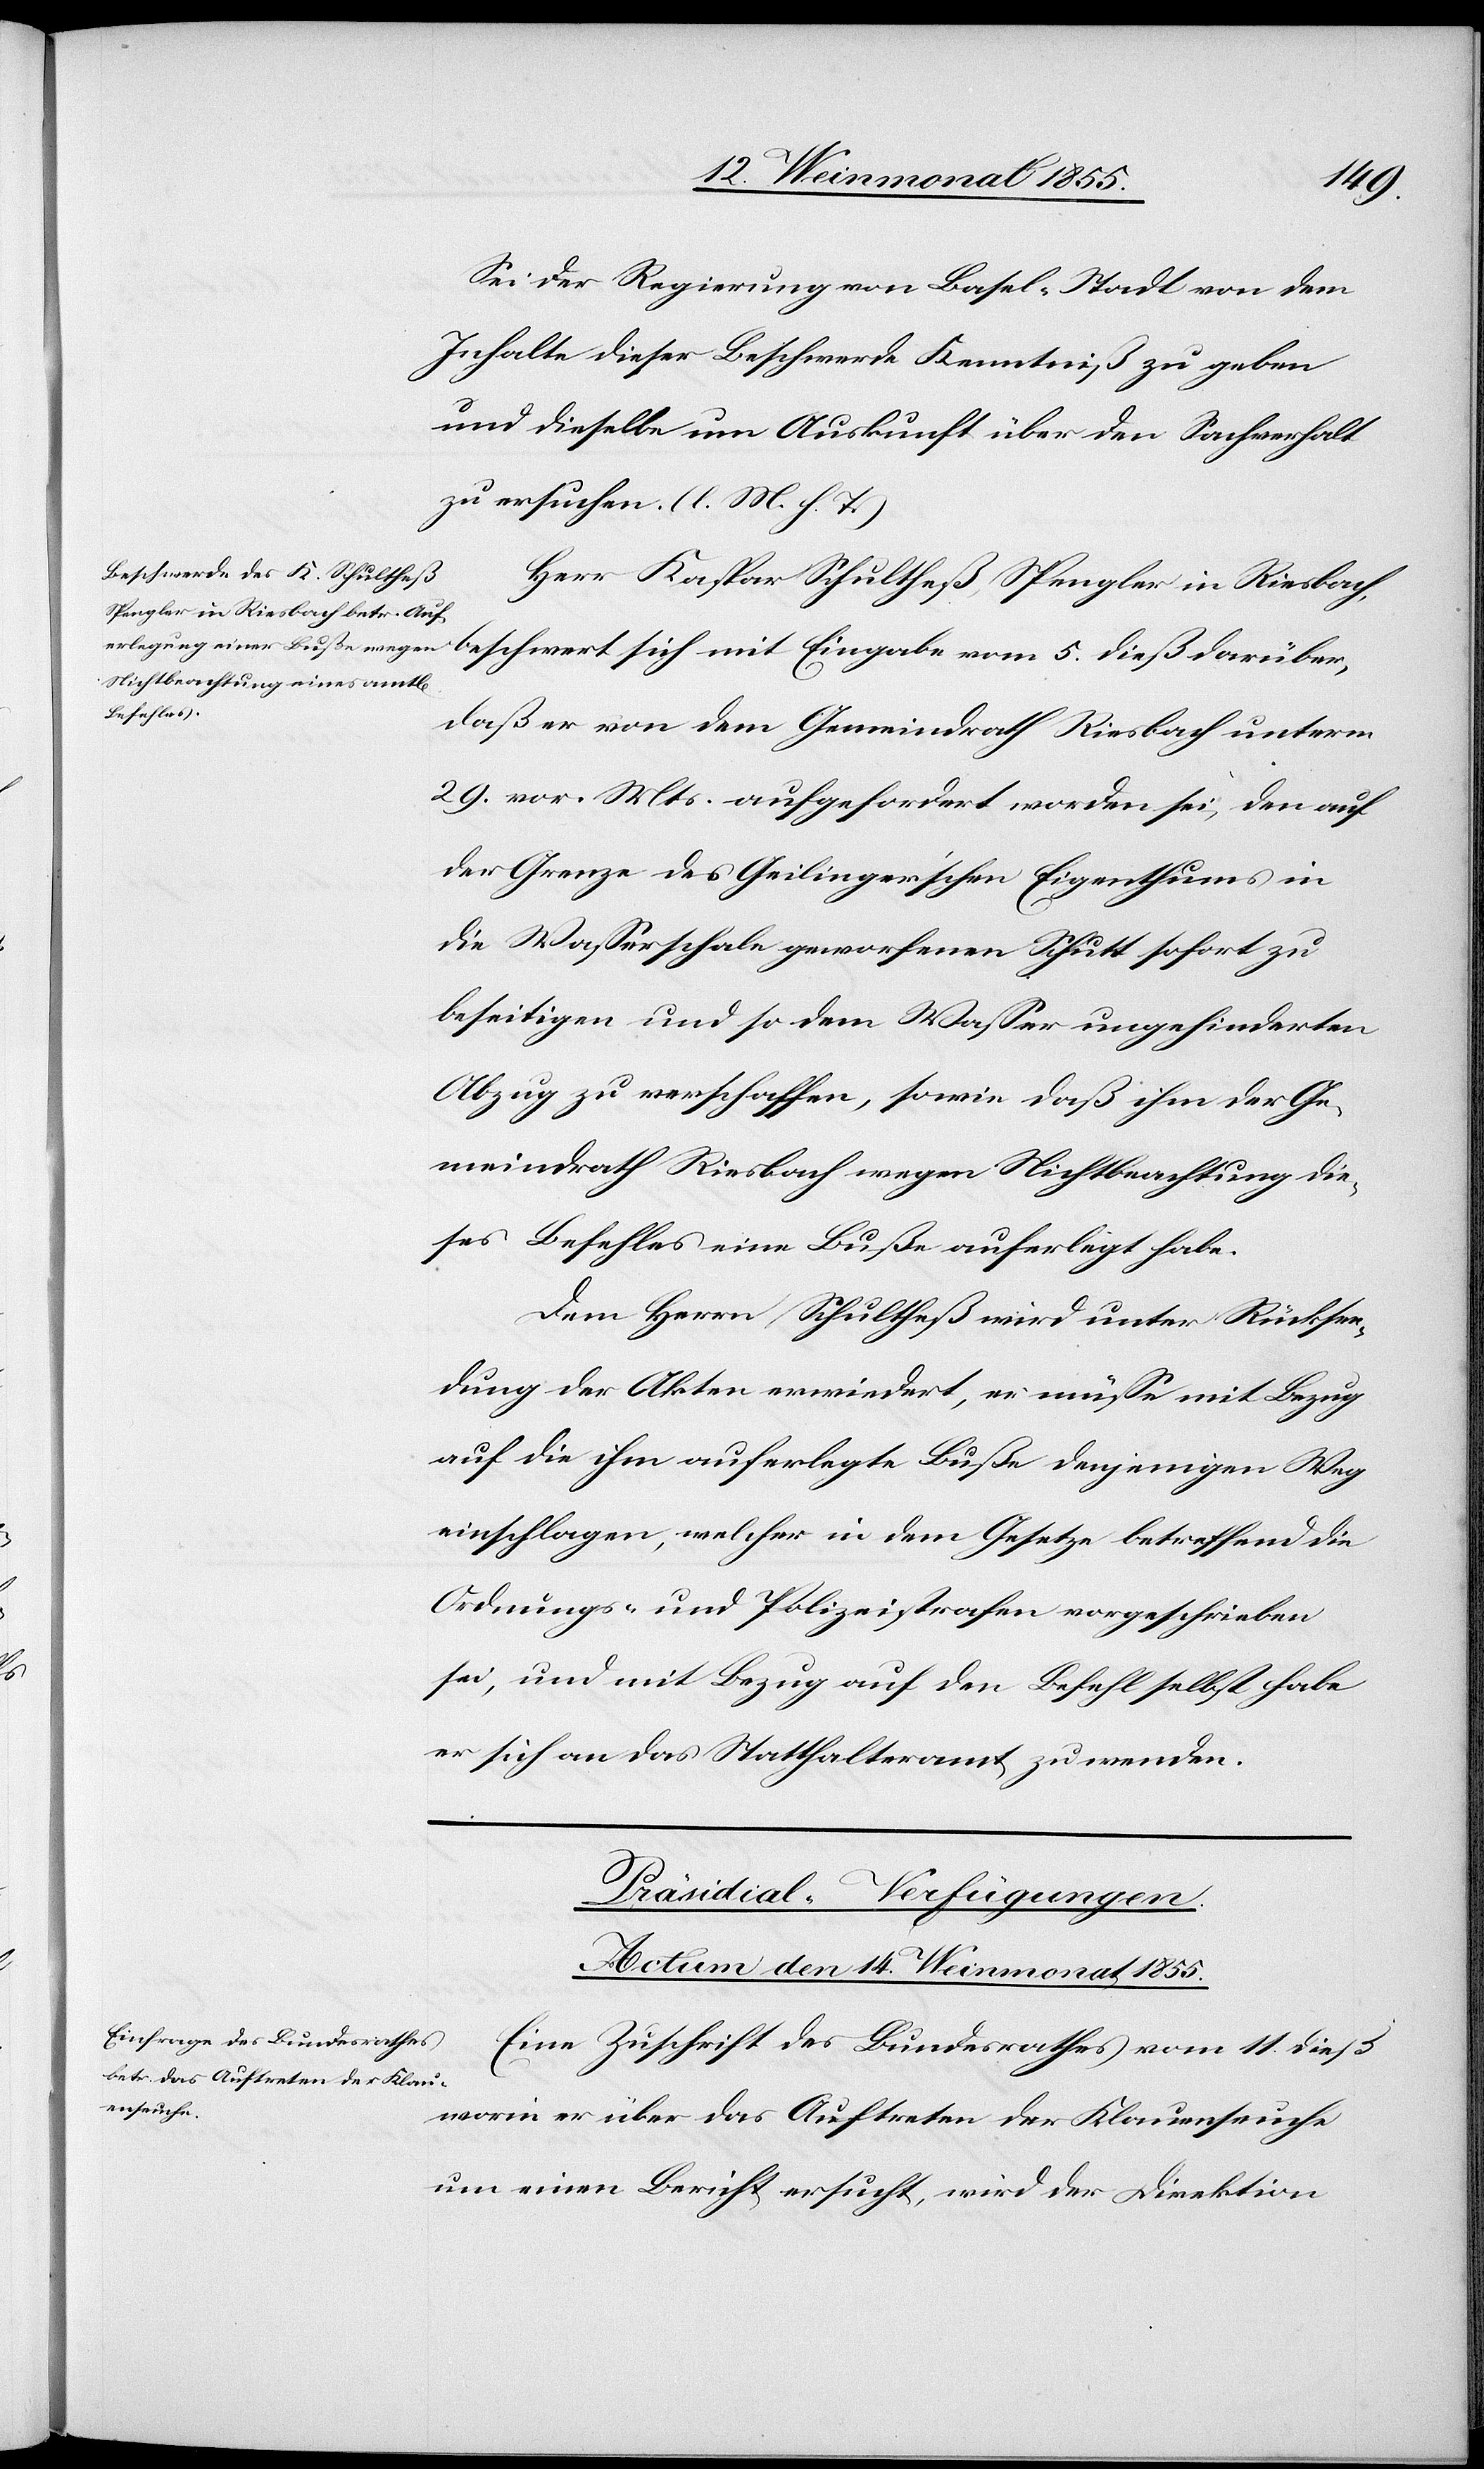
Sei der Regierung von Basel-Stadt von dem
Inhalte dieser Beschwerde Kenntniß zu geben
und dieselbe um Auskunft über den Sachverhalt
zu ersuchen. (l. M. h. T.)
Herr Kaspar Schultheß, Spengler in Riesbach,
beschwert
daß er von dem Gemeindrath Riesbach unterm
29. vor. Mts. aufgefordert worden sei, den auf
der Grenze des Geilinger’schen Eigenthums in
die Wasserschale geworfenen Schutt sofort zu
beseitigen und so dem Wasser ungehinderten
Abzug zu verschaffen, sowie daß ihm der Ge¬
meindrath Riesbach wegen Nichtbeachtung die¬
ses Befehles eine Buße auferlegt habe.
Dem Herrn Schultheß wird unter Rücksen¬
dung der Akten erwiedert, er müsse mit Bezug
auf die ihm auferlegte Buße denjenigen Weg
einschlagen, welcher in dem Gesetze betreffend die
Ordnungs- und Polizeistrafen vorgeschrieben
sei, und mit Bezug auf den Befehl selbst habe
er sich an das Statthalteramt zu wenden.
Präsidial-Verfügungen.
Actum den 14. Weinmonat 1855.
Eine Zuschrift des Bundesrathes vom 11 dieß
worin er über das Auftreten der Klauenseuche
um einen Bericht ersucht, wird der Direktion